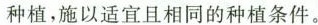
分别种植，施以适宜且相同的种植条件。